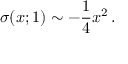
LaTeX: \sigma ( x ; 1 ) \sim - { \frac { 1 } { 4 } } x ^ { 2 } \, .